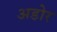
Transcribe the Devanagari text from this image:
अडोर